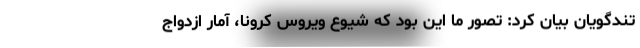
تندگویان بیان کرد: تصور ما این بود که شیوع ویروس کرونا، آمار ازدواج